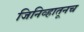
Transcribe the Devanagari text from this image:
जिनिव्हातूनच